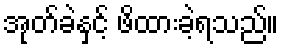
အုတ်ခဲနှင့် ဖိထားခဲ့ရသည်။